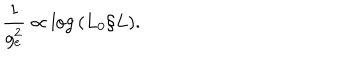
LaTeX: { \frac { 1 } { g _ { e } ^ { 2 } } } \propto \log { ( L _ { 0 } / L ) } .